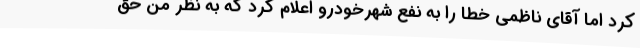
کرد اما آقای ناظمی خطا را به نفع شهرخودرو اعلام کرد که به نظر من حق